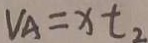
V _ { A } = x t _ { 2 }